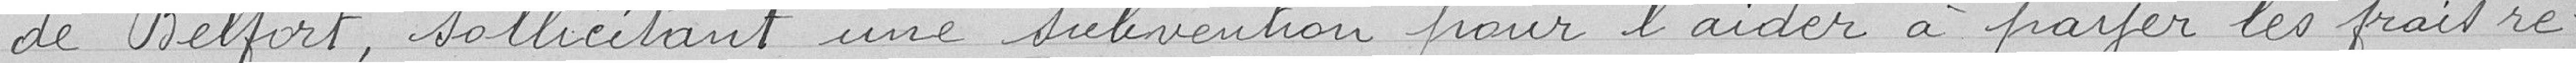
de Belfort, sollicitant une subvention pour l'aider à payer les frais re=